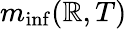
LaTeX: m_{\operatorname*{inf}}(\mathbb{R},T)